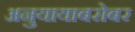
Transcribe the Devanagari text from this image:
अनुयायाबरोबर